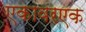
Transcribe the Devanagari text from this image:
एकावरएक